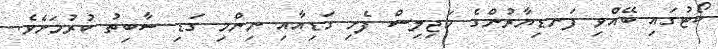
ކޯޓުގައި ބޭއްވި ފަނޑިޔާރުންގެ މަޖިލިސް ފެށި ގަޑިއާއި ނިންމި ގަޑި ސާބިތު ކުރުމަށެވެ.